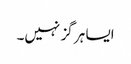
ایسا ہر گز نہیں۔